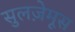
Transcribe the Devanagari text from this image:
सुलज़ेमूस